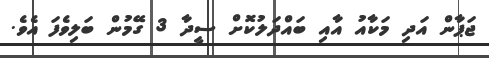
ޖަޕާން އަދި މަކާއު އާއި ބައްދަލުކޮށް ސީދާ 3 ގޭމުން ބަލިވެފަ އެވެ.